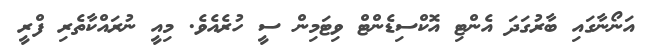
އަނޯނާގައި ބާރުގަދަ އެންޓި އޮކްސިޑެންޓް ވިޓަމިން ސީ ހުރެއެވެ. މިއީ ނުރައްކާތެރި ފްރީ